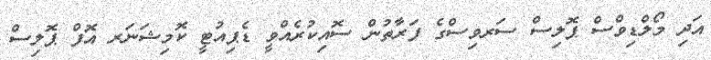
އަދި މޯލްޑިވްސް ޕޮލިސް ސަރވިސްގެ ފަރާތުން ސޮއިކުރެއްވީ ޑެޕިއުޓީ ކޮމިޝަނަރ އޮފް ޕޮލިސް